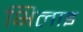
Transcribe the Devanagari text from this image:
भिलाइ